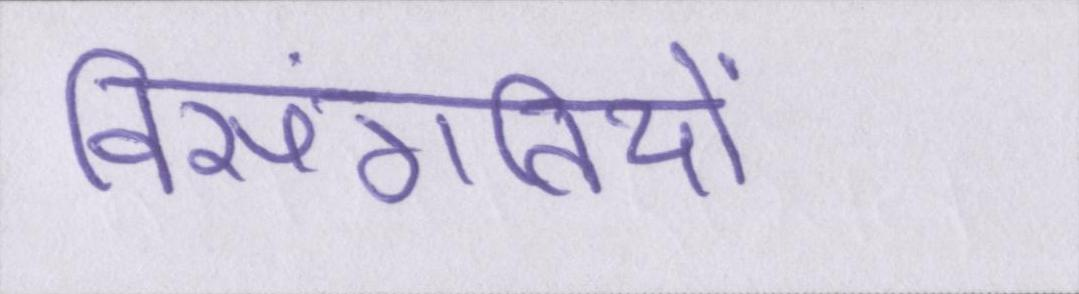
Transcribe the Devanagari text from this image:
विसंगतियों